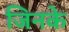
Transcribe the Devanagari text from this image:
जिनके